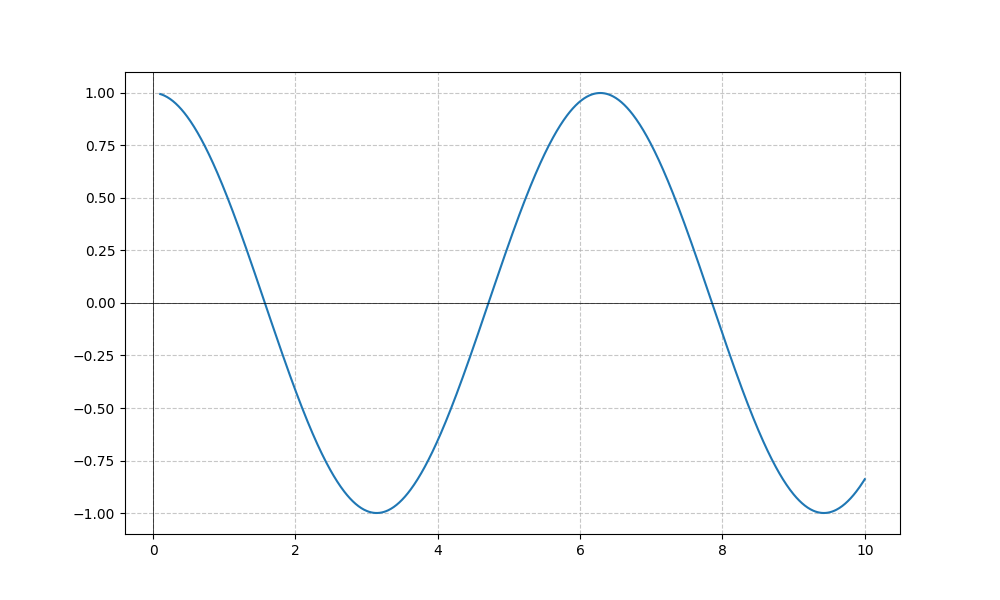
LaTeX formula: \sin{\left(x \right)} \cot{\left(x \right)}